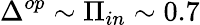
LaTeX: \Delta^{op}\sim\Pi_{in}\sim 0.7